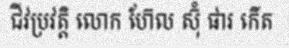
ជីវប្រវត្តិ លោក ហ៊ែល ស៊ុំ ផារ កើត